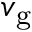
v _ { \mathrm { g } }